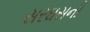
સરઘસની